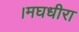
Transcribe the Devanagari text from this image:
।मघधीरा